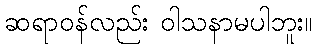
ဆရာဝန်လည်း ဝါသနာမပါဘူး။